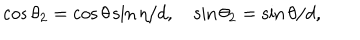
LaTeX: \cos { \theta _ { 2 } } = \cos { \theta } \sin { \eta } / d , \quad \sin { \theta _ { 2 } } = \sin { \theta } / d ,